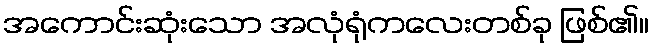
အကောင်းဆုံးသော အလုံရုံကလေးတစ်ခု ဖြစ်၏။